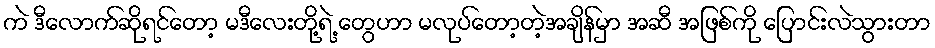
ကဲ ဒီလောက်ဆိုရင်တော့ မဒီလေးတို့ရဲ့ တွေဟာ မလုပ်တော့တဲ့အချိန်မှာ အဆီ အဖြစ်ကို ပြောင်းလဲသွားတာ